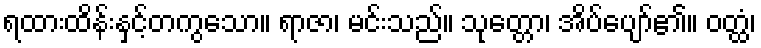
ရထားထိန်းနှင့်တကွသော။ ရာဇာ၊ မင်းသည်။ သုတ္တော၊ အိပ်ပျော်၏။ ဝတ္ထံ၊